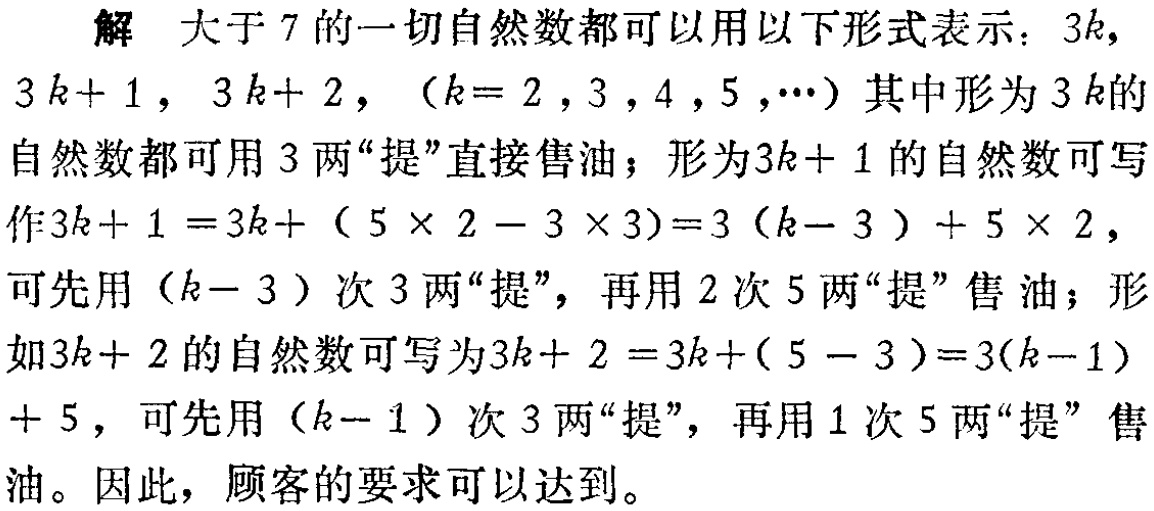
解 大于 7 的一切自然数都可以用以下形式表示：\(3k\)，\(3k + 1\)，\(3k + 2\)，（\(k = 2,3,4,5,\cdots\)）其中形为\(3k\)的自然数都可用 3 两“提”直接售油；形为\(3k + 1\)的自然数可写作\(3k + 1 = 3k+(5\times2 - 3\times3)=3(k - 3)+5\times2\)，可先用\((k - 3)\)次 3 两“提”，再用 2 次 5 两“提”售油；形如\(3k + 2\)的自然数可写为\(3k + 2 = 3k+(5 - 3)=3(k - 1)+5\)，可先用\((k - 1)\)次 3 两“提”，再用 1 次 5 两“提”售油。因此，顾客的要求可以达到。